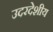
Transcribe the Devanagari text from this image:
उदरदेशीय